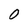
Character: O